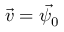
\vec { v } = \vec { \psi _ { 0 } }